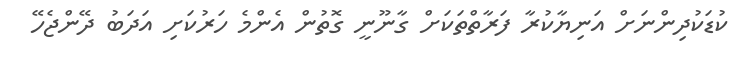
ކުޑަކުދިންނަށް އަނިޔާކުރާ ފަރާތްތަކަށް ގާނޫނީ ގޮތުން އެންމެ ހަރުކަށި އަދަބު ދޭންޖެހޭ